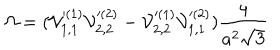
\Omega = ( { \cal V } _ { 1 , 1 } ^ { ( 1 ) } { \cal V } _ { 2 , 2 } ^ { ( 2 ) } - { \cal V } _ { 2 , 2 } ^ { ( 1 ) } { \cal V } _ { 1 , 1 } ^ { ( 2 ) } ) \frac { 4 } { a ^ { 2 } \sqrt { 3 } }